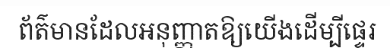
ព័ត៌មានដែលអនុញ្ញាតឱ្យយើងដើម្បីផ្ទេរ